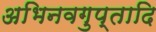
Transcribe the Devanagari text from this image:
अभिनवगुप्तादि